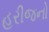
હરીજનો